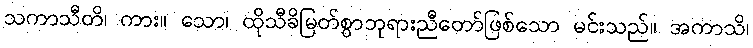
သကာသီတိ၊ ကား။ သော၊ ထိုသီခိမြတ်စွာဘုရားညီတော်ဖြစ်သော မင်းသည်။ အကာသိ၊